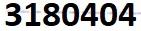
3180404